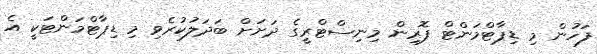
ފަހުން މި ޑިޕާޓްމަންޓް ފޮރިން މިނިސްޓްރީގެ ދަށަށް ބަދަލުކުރެވި މި ޑިޕާޓްމަންޓަކީ އެ